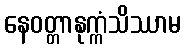
နေဝတ္တာနုက္ကံသိဿာမ